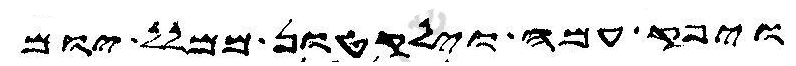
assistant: ויפק עמה וילקטון ממלל יום